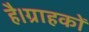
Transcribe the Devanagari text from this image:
है।ग्राहकों